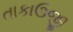
તાકાઉજી